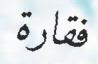
فقارة